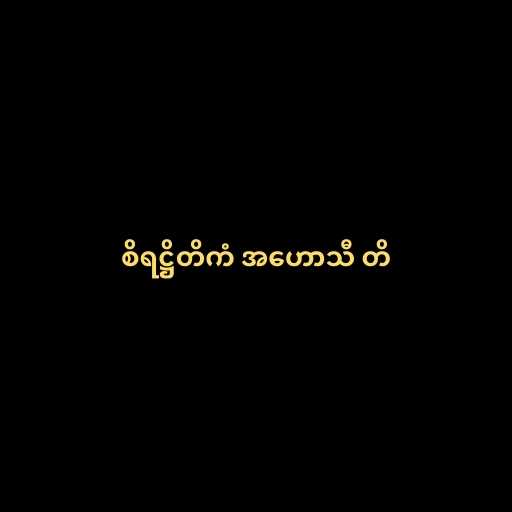
စိရဋ္ဌိတိကံ အဟောသီ တိ